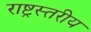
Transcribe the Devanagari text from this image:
राष्ट्रस्तरीय